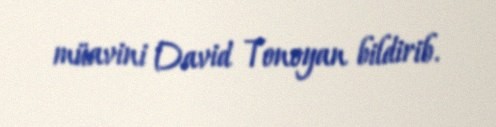
müavini David Tonoyan bildirib.